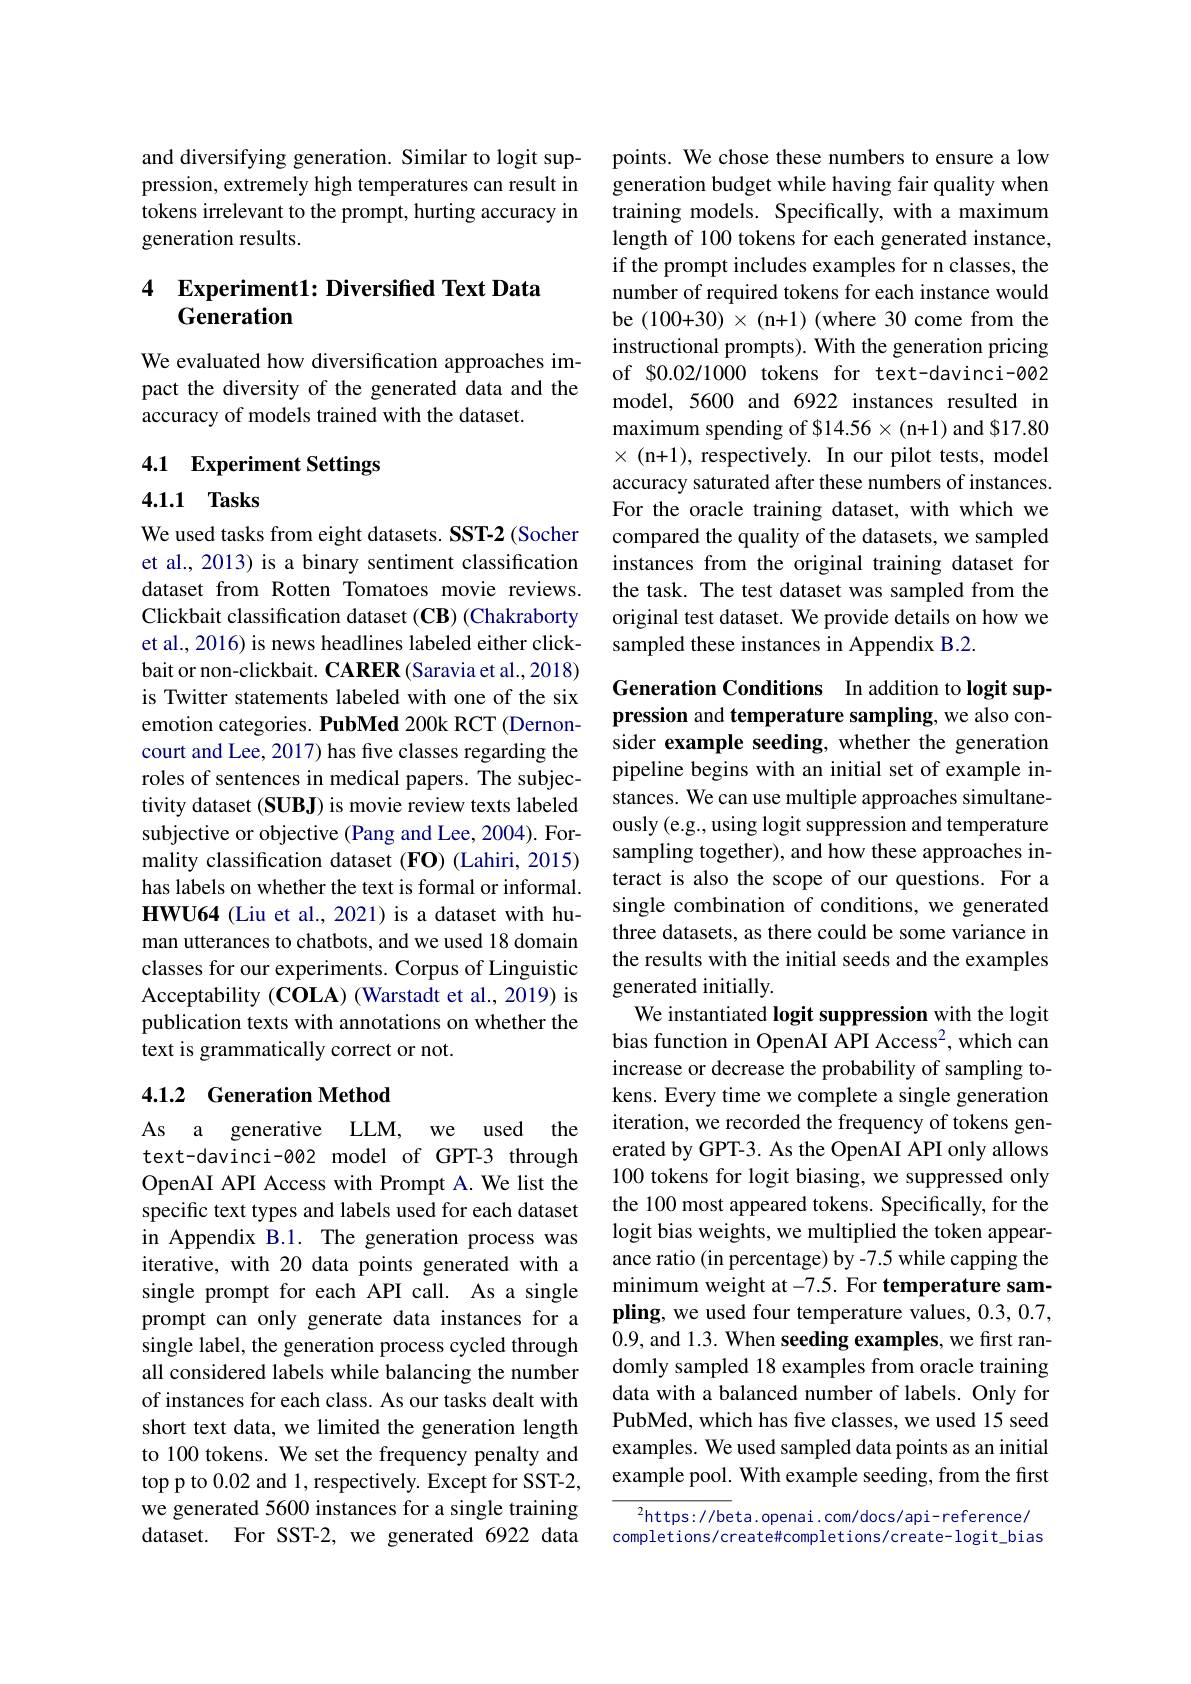
and diversifying generation. Similar to logit suppression, extremely high temperatures can result in tokens irrelevant to the prompt, hurting accuracy in generation results.

## 4 Experiment1: Diversified Text Data Generation

We evaluated how diversification approaches impact the diversity of the generated data and the accuracy of models trained with the dataset.

## 4.1 Experiment Settings

4.1.1 Tasks

We used tasks from eight datasets. SST-2 (Socher et al., 2013) is a binary sentiment classification dataset from Rotten Tomatoes movie reviews. Clickbait classification dataset (CB) (Chakraborty et al., 2016) is news headlines labeled either clickbait or non-clickbait. CARER (Saravia et al., 2018) is Twitter statements labeled with one of the six emotion categories. PubMed 200k RCT (Dernoncourt and Lee, 2017) has five classes regarding the roles of sentences in medical papers. The subjectivity dataset (SUBJ) is movie review texts labeled subjective or objective (Pang and Lee, 2004). Formality classification dataset (FO) (Lahiri, 2015) has labels on whether the text is formal or informal. HWU64 (Liu et al., 2021) is a dataset with human utterances to chatbots, and we used 18 domain classes for our experiments. Corpus of Linguistic Acceptability (COLA) (Warstadt et al., 2019) is publication texts with annotations on whether the text is grammatically correct or not.

## 4.1.2 Generation Method

As a generative LLM, we used the text-davinci-002 model of GPT-3 through OpenAI API Access with Prompt A. We list the specific text types and labels used for each dataset in Appendix B.1. The generation process was iterative, with 20 data points generated with a single prompt for each API call. As a single prompt can only generate data instances for a single label, the generation process cycled through all considered labels while balancing the number of instances for each class. As our tasks dealt with short text data, we limited the generation length to 100 tokens. We set the frequency penalty and top p to 0.02 and 1, respectively. Except for SST-2, we generated 5600 instances for a single training dataset. For SST-2, we generated 6922 data

points. We chose these numbers to ensure a low generation budget while having fair quality when training models. Specifically, with a maximum length of 100 tokens for each generated instance, if the prompt includes examples for n classes, the number of required tokens for each instance would be $(100+30)\times$ (n+1) (where 30 come from the instructional prompts). With the generation pricing of $0.02/1000 tokens for text-davinci-002 model, 5600 and 6922 instances resulted in maximum spending of $14.56×(n+1) and $17.80 $\times$(n+1),respectively.In our pilot tests, model accuracy saturated after these numbers of instances. For the oracle training dataset, with which we compared the quality of the datasets, we sampled instances from the original training dataset for the task. The test dataset was sampled from the original test dataset. We provide details on how we sampled these instances in Appendix B.2.

Generation Conditions In addition to logit suppression and temperature sampling, we also consider example seeding, whether the generation pipeline begins with an initial set of example instances. We can use multiple approaches simultaneously (e.g., using logit suppression and temperature sampling together), and how these approaches interact is also the scope of our questions. For a single combination of conditions, we generated three datasets, as there could be some variance in the results with the initial seeds and the examples generated initially.
We instantiated logit suppression with the logit bias function in OpenAI API Access$^2$,which can increase or decrease the probability of sampling tokens. Every time we complete a single generation iteration, we recorded the frequency of tokens generated by GPT-3. As the OpenAI API only allows 100 tokens for logit biasing, we suppressed only the 100 most appeared tokens. Specifically, for the logit bias weights, we multiplied the token appearance ratio (in percentage) by -7.5 while capping the minimum weight at -7.5. For temperature sampling, we used four temperature values, 0.3, 0.7, 0.9, and 1.3. When seeding examples, we first randomly sampled 18 examples from oracle training data with a balanced number of labels. Only for PubMed, which has five classes, we used 15 seed examples. We used sampled data points as an initial example pool. With example seeding, from the first $^{2}$https://beta.openai.com/docs/api-reference/

completions/create#completions/create- logit\_bias